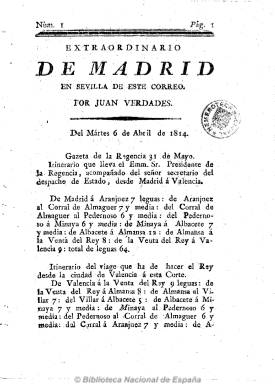
Título: Extraordinario de Madrid en Sevilla de este correo
Colección: Periódicos anteriores a 1850
Ámbito geográfico: Sevilla
Lugar de publicación: Sevilla
Fechas: 25/11/1813-09/08/1823

Se trata de una colección de ejemplares que abarca desde 1813 a 1823, a los que une el título Extraordinario, salidos de las imprentas sevillanas del Setabiense, el Padrino o la que estaba a cargo de García; alguno reimpreso en Madrid y otros estampados por Hidalgo y López García y Hermano en sus imprentas madrileñas. Unos son hojas impresas por una sola página (con algún artículo de oficio), y otros son periódicos de cuatro páginas, como es el caso del redactado por Juan Verdades, que no es otro que Nicolás Tapia (Tap) Núñez y Rendón, que usó el seudónimo de Mirtilo Sicuritano y que, junto al Setabiense, editaron varios periódicos durante esta época en la ciudad hispalense, entre ellos el Diario de Juan Verdades. En el caso del Extraordinario de Madrid en Sevilla…, corresponde al número 1, del 6 de abril de 1814, con noticias sacadas de otros periódicos y papeles que llegaban al correo en Sevilla sobre la invasión napoleónica.